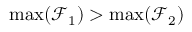
\operatorname* { m a x } ( \mathcal { F } _ { 1 } ) > \operatorname* { m a x } ( \mathcal { F } _ { 2 } )